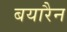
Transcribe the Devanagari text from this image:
बयारैन